Vaccination Hyderabad 1890-1903 - 1890-1903
Year: 1890
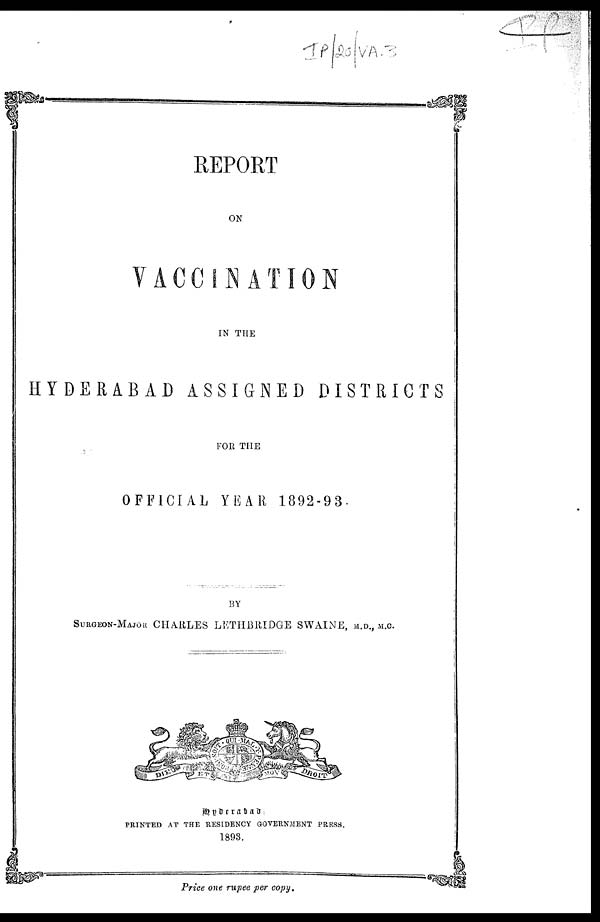
REPORT
ON
VACCINATION
IN THE
HYDERABAD ASSIGNED DISTRICTS
FOR THE
OFFICIAL YEAR 1892-93.
BY
SURGEON-MAJOR CHARLES LETHBRIDGE SWAINE, M.D., M.C.
Hyderabad :
PRINTED AT THE RESIDENCY GOVERNMENT PRESS.
1893.
Price one rupee per copy.